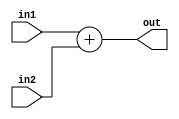

module adder (in1 , in2 , out );

input [31:0] in1,in2 ;
output reg [31:0] out ;

always @ (in1 or in2)
begin 
 out = in1 + in2 ;
end
endmodule



module And (in1 , in2 , out );

input  in1,in2 ;
output reg out ;

always @ (in1 or in2)
begin 
 out = in1 & in2 ;
end

endmodule